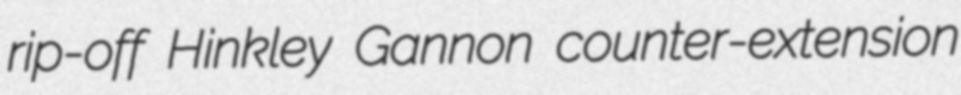
rip-off Hinkley Gannon counter-extension